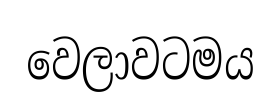
වෙලාවටමය